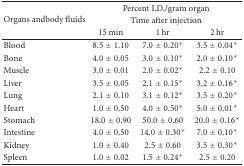
<table><thead><tr><td rowspan="3"><b>Organs andbody fluids</b></td><td colspan="3"><b>Percent I.D./gram organ</b></td></tr><tr><td colspan="3"><b>Time after injection</b></td></tr><tr><td><b> 15 min</b></td><td><b> 1 hr</b></td><td><b> 2 hr </b></td></tr></thead><tbody><tr><td>Blood</td><td> 8.5 ± 1.10</td><td>7.0 ± 0.20*</td><td>3.5 ± 0.04*</td></tr><tr><td>Bone</td><td> 4.0 ± 0.05</td><td> 3.0 ± 0.10*</td><td>2.0 ± 0.10*</td></tr><tr><td>Muscle</td><td> 3.0 ± 0.01</td><td> 2.0 ± 0.02*</td><td> 2.2 ± 0.10</td></tr><tr><td>Liver</td><td> 3.5 ± 0.05</td><td> 2.1 ± 0.15*</td><td>3.2 ± 0.16*</td></tr><tr><td>Lung</td><td> 2.1 ± 0.10</td><td> 3.1 ± 0.12*</td><td>3.5 ± 0.20*</td></tr><tr><td>Heart</td><td> 1.0 ± 0.50</td><td> 4.0 ± 0.50*</td><td> 5.0 ± 0.01*</td></tr><tr><td>Stomach</td><td> 18.0 ± 0.90</td><td> 50.0 ± 0.60</td><td> 20.0 ± 0.16*</td></tr><tr><td>Intestine</td><td> 4.0 ± 0.50</td><td> 14.0 ± 0.30*</td><td> 7.0 ± 0.10*</td></tr><tr><td>Kidney</td><td> 1.0 ± 0.40</td><td>2.5 ± 0.60</td><td> 3.5 ± 0.30*</td></tr><tr><td>Spleen</td><td> 1.0 ± 0.02</td><td> 1.5 ± 0.24*</td><td> 2.5 ± 0.20</td></tr></tbody></table>